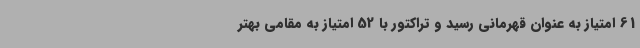
61 امتیاز به عنوان قهرمانی رسید و تراکتور با 52 امتیاز به مقامی بهتر